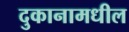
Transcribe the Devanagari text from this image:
दुकानामधील